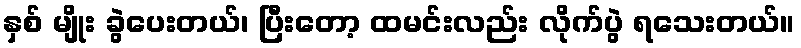
နှစ် မျိုး ခွဲပေးတယ်၊ ပြီးတော့ ထမင်းလည်း လိုက်ပွဲ ရသေးတယ်။